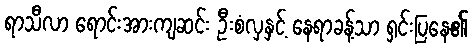
ရာသီလာ ရောင်းအားကျဆင်း ဦးစံလှနှင့် နေရာခန့်သာ ရှင်းပြနေ၏